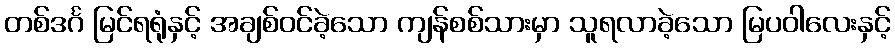
တစ်ဒင်္ဂ မြင်ရရုံနှင့် အချစ်ဝင်ခဲ့သော ကျန်စစ်သားမှာ သူရလာခဲ့သော မြပဝါလေးနှင့်